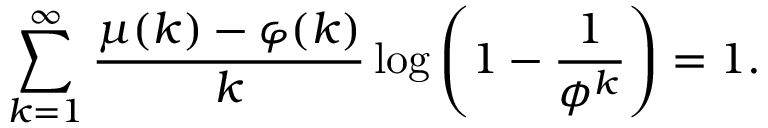
\sum _ { k = 1 } ^ { \infty } { \frac { \mu ( k ) - \varphi ( k ) } { k } } \log \left( 1 - { \frac { 1 } { \phi ^ { k } } } \right) = 1 .